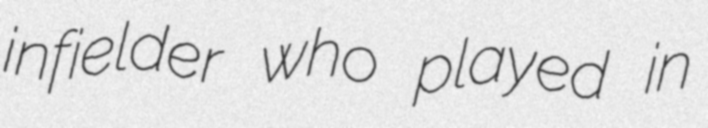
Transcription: infielder who played in